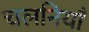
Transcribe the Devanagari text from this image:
चलनियाँ